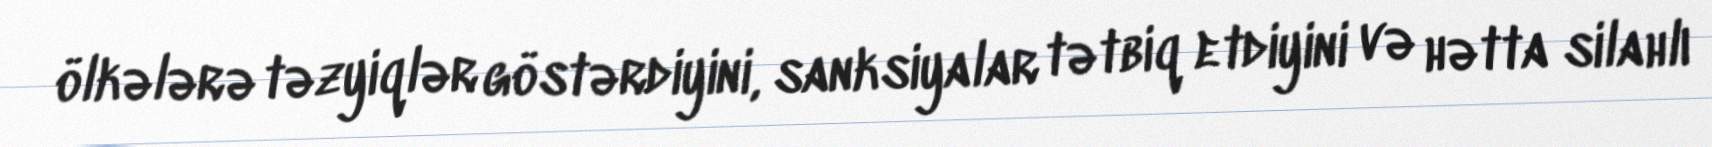
ölkələrə təzyiqlər göstərdiyini, sanksiyalar tətbiq etdiyini və hətta silahlı